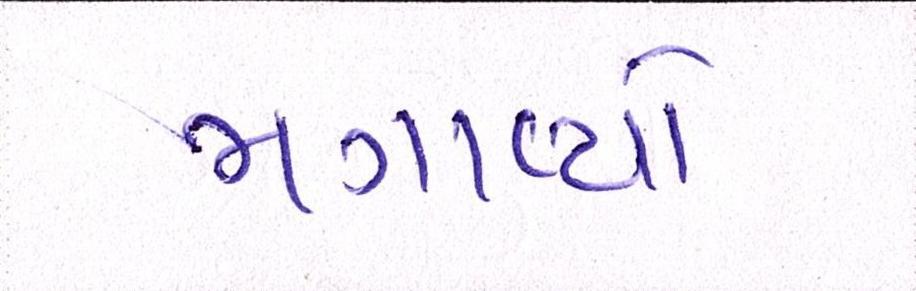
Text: મગાવ્યો